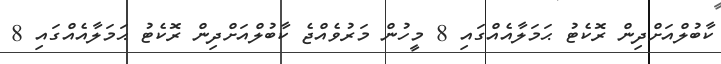
ކާބުލްއަށްދިން ރޮކެޓު ޙަމަލާއެއްގައި 8 މީހުން މަރުވެއްޖެ ކާބުލްއަށްދިން ރޮކެޓު ޙަމަލާއެއްގައި 8